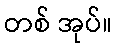
တစ် အုပ်။